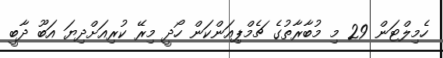
ހެމިލްޓަން 29 މި މުބާރާތުގެ ޗެމްޕިއަންކަން ހޯދީ މިރޭ ކުރިއަށްދިޔަ އަބޫ ދާބީ